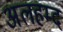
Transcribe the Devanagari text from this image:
अलहम्द